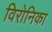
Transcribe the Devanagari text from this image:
विरोनिका